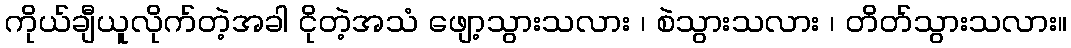
ကိုယ်ချီယူလိုက်တဲ့အခါ ငိုတဲ့အသံ ဖျော့သွားသလား ၊ စဲသွားသလား ၊ တိတ်သွားသလား။